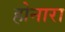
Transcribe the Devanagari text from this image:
होनारा